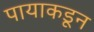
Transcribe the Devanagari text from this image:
पायाकडून